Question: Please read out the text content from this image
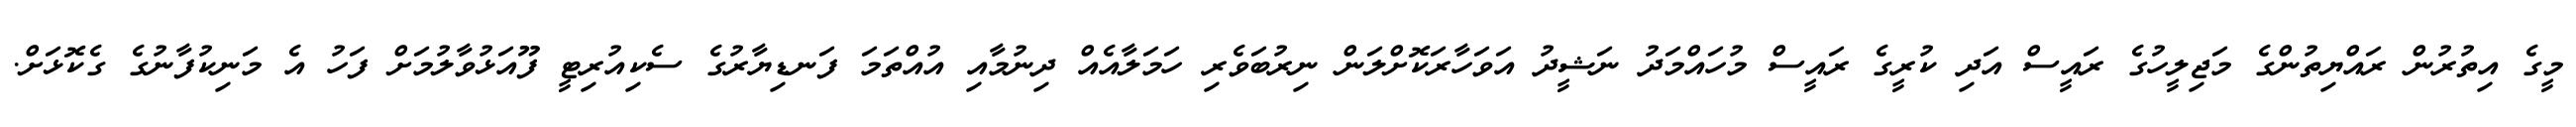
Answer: މީގެ އިތުރުން ރައްޔިތުންގެ މަޖިލީހުގެ ރައީސް އަދި ކުރީގެ ރައީސް މުހައްމަދު ނަޝީދު އަވަހާރަކޮށްލަން ނިރުބަވެރި ހަމަލާއެއް ދިނުމާއި އުއްތަމަ ފަނޑިޔާރުގެ ސެކިއުރިޓީ ފޫއަޅުވާލުމަށް ފަހު އެ މަނިކުފާނުގެ ގެކޮޅަށް.